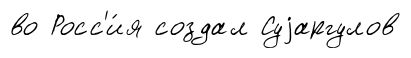
во Росс'и́я создал Суjаргулов